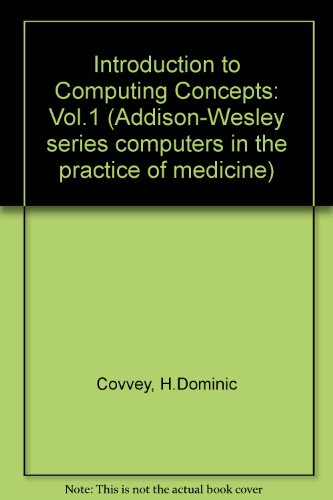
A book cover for Computers in the Practice of Medicine (Addison-Wesley series in computers in the practice of medicine); H. Dominic Covvey; Medical Books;